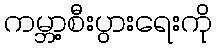
ကမ္ဘာ့စီးပွားရေးကို